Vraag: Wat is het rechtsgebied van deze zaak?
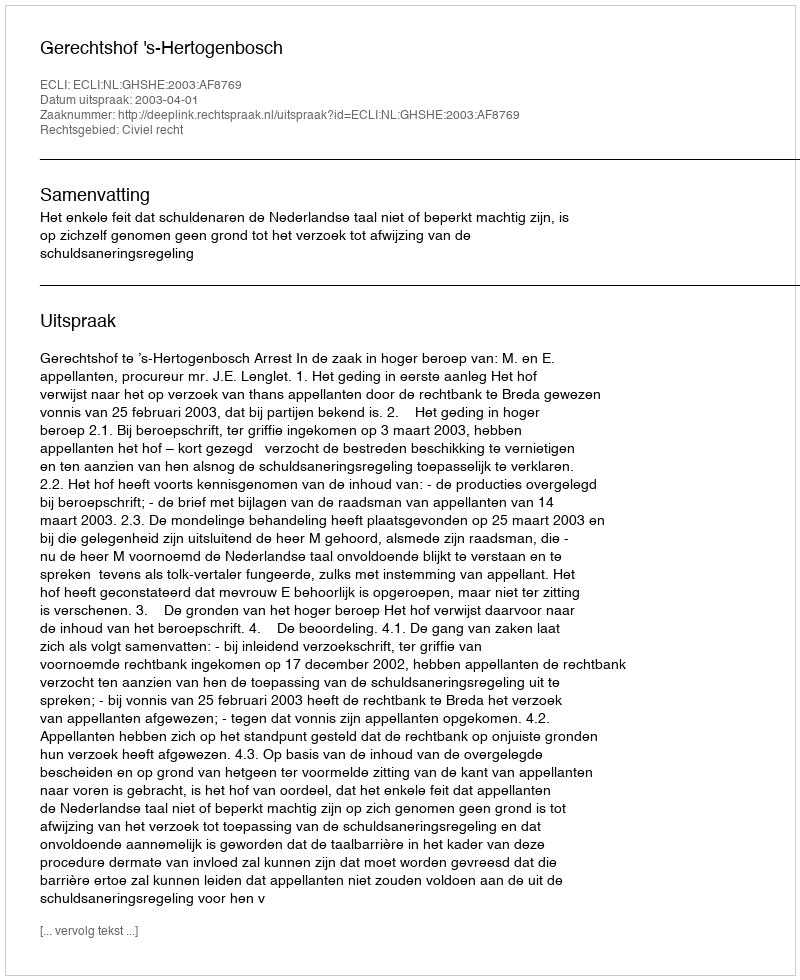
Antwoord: Civiel recht